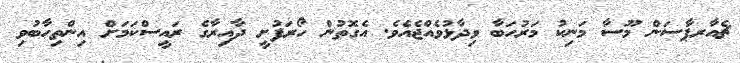
ޗެއާރޕާސަން މޫސާ މަނިކު މަރުހަބާ ވިދާޅުވެއްޖެއެވެ. އެގޮތުން ހޯރަފުށީ ދާއިރާގެ ރައީސްކަމަށް އިންތިހާބުވި